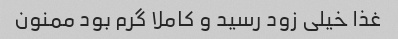
غذا خیلی زود رسید و کاملا گرم بود ممنون